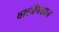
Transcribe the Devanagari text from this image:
वालीपश्चात